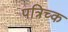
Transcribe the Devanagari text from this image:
पत्रिच्क